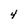
Character: 4